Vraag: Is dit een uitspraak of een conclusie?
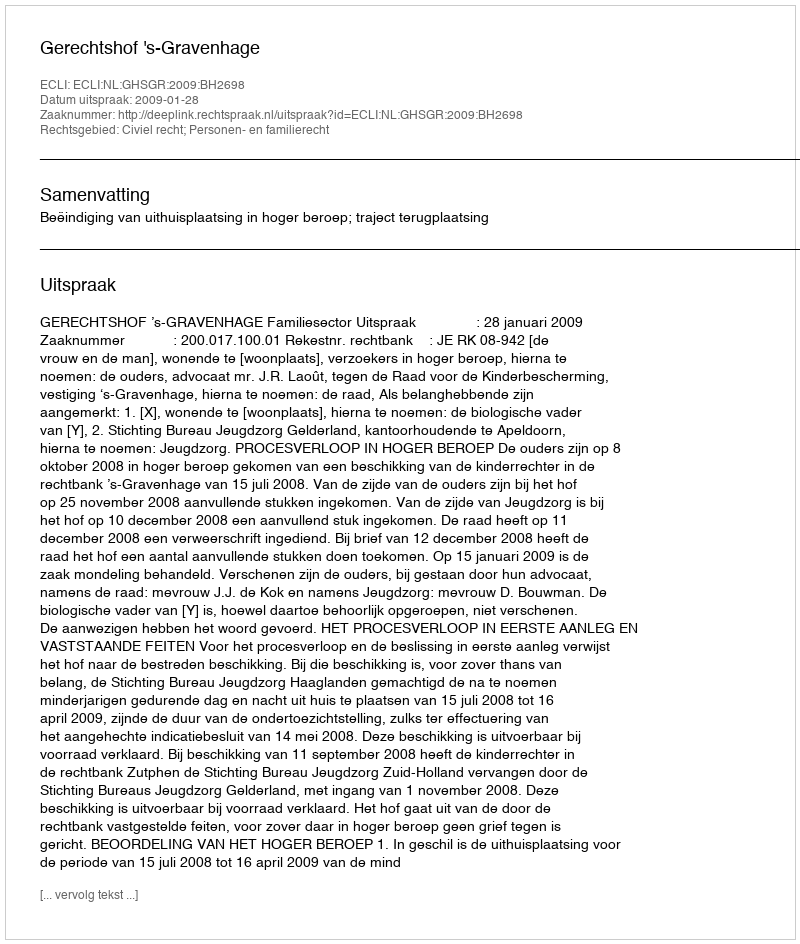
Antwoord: Uitspraak